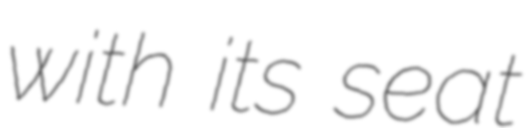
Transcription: with its seat